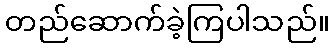
တည်ဆောက်ခဲ့ကြပါသည်။